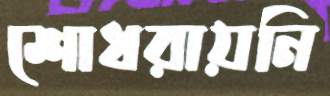
শোধরায়নি